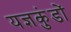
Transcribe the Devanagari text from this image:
यज्ञकुंडों